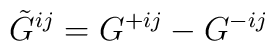
\tilde{G}^{ij} = G^{+ij} - G^{-ij}